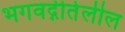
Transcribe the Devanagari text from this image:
भगवद्गीतेलील